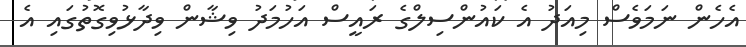
އެހެން ނަމަވެސް މިއަދު އެ ކައުންސިލްގެ ރައީސް އަހުމަދު ވިޝާން ވިދާޅުވިގޮތުގައި އެ